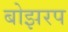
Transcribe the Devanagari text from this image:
बोझरप